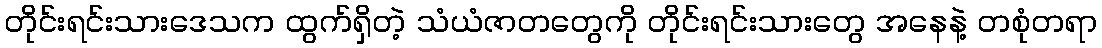
တိုင်းရင်းသားဒေသက ထွက်ရှိတဲ့ သံယံဇာတတွေကို တိုင်းရင်းသားတွေ အနေနဲ့ တစုံတရာ